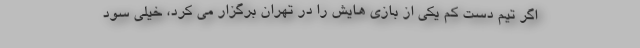
اگر تیم دست کم یکی از بازی هایش را در تهران برگزار می کرد، خیلی سود